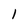
Character: l